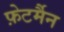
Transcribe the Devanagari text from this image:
फ़ेटर्मैन